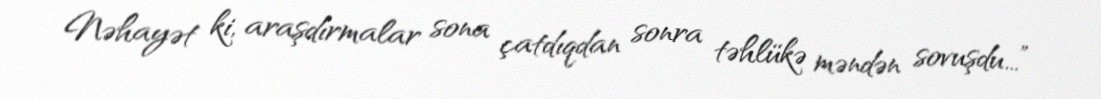
Nəhayət ki, araşdırmalar sona çatdıqdan sonra təhlükə məndən sovuşdu...”